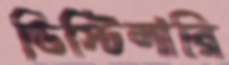
ডিস্টিলারি